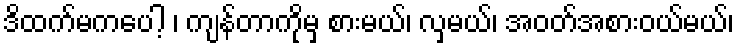
ဒိထက်မကပေါ့ ၊ ကျန်တာကိုမှ စားမယ်၊ လှမယ်၊ အဝတ်အစားဝယ်မယ်၊